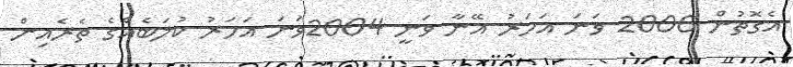
އެގޮތުންް 2006 ވަނަ އަހަރު އޭނާ ވަނީ 2004ވަނަ އަހަރު ކުލަބެއްގެ ތެރެއިން